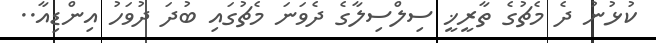
ކުޅުނު ދެ މެޗުގެ ތާރީޚީ ސިލްސިލާގެ ދެވަނަ މެޗުގައި ބުދަ ދުވަހު އިންޑިއާ..